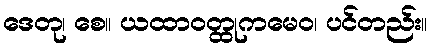
ဒေတု၊ စေ။ ယထာဝတ္ထုကမေဝ၊ ပင်တည်း။